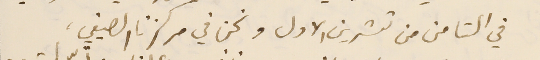
في الثامن من تشرين الاول ونحن في مركزنا الصيفي،